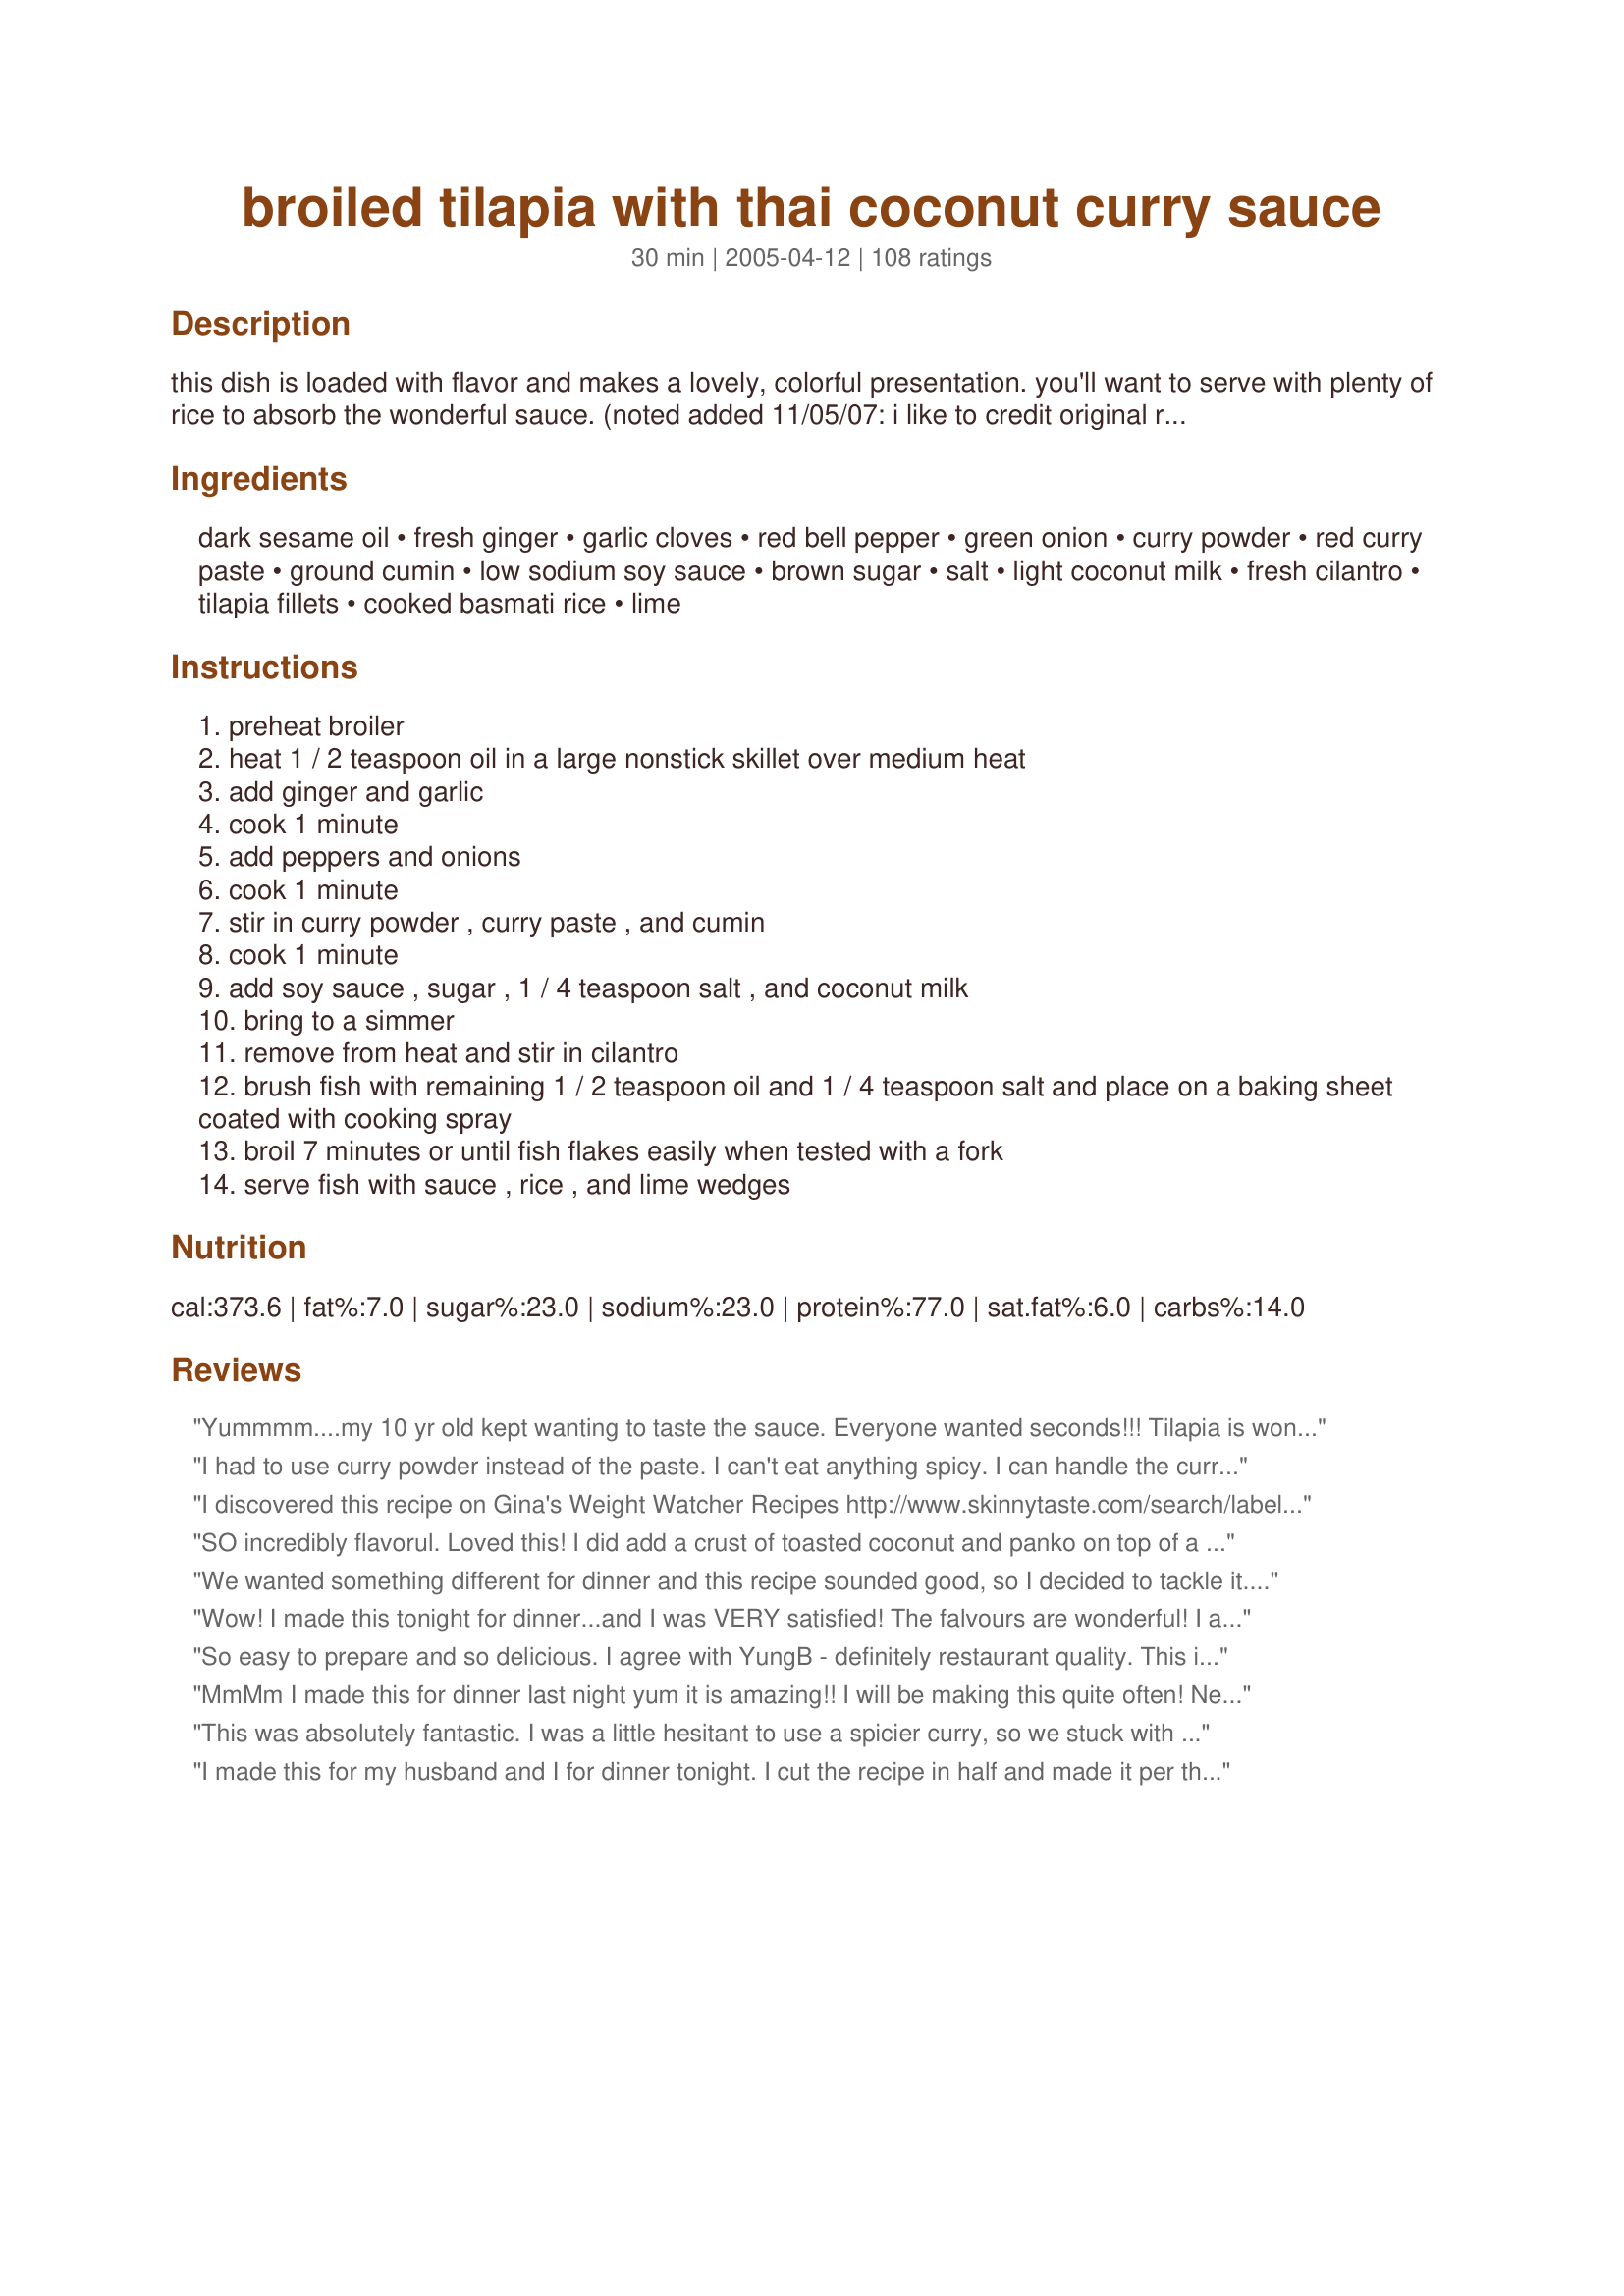
broiled tilapia with thai coconut curry sauce
Preparation time: 30 minutes

this dish is loaded with flavor and makes a lovely, colorful presentation. you'll want to serve with plenty of rice to absorb the wonderful sauce. (noted added 11/05/07: i like to credit original recipe sources when known, but wasn't sure about this one when i submitted the recipe. fortunately, a reviewer pointed out that the recipe came from cooking light, so i searched their site--indeed, it was originally published in their september 2002 issue. thanks to the reviewer for bringing this to my attention, and thanks to cooking light for developing the recipe! :) )

Ingredients:
dark sesame oil, fresh ginger, garlic cloves, red bell pepper, green onion, curry powder, red curry paste, ground cumin, low sodium soy sauce, brown sugar, salt, light coconut milk, fresh cilantro, tilapia fillets, cooked basmati rice, lime

Steps:
preheat broiler
heat 1 / 2 teaspoon oil in a large nonstick skillet over medium heat
add ginger and garlic
cook 1 minute
add peppers and onions
cook 1 minute
stir in curry powder , curry paste , and cumin
cook 1 minute
add soy sauce , sugar , 1 / 4 teaspoon salt , and coconut milk
bring to a simmer
remove from heat and stir in cilantro
brush fish with remaining 1 / 2 teaspoon oil and 1 / 4 teaspoon salt and place on a baking sheet coated with cooking spray
broil 7 minutes or until fish flakes easily when tested with a fork
serve fish with sauce , rice , and lime wedges

Reviews:
Yummmm....my 10 yr old kept wanting to taste the sauce. Everyone wanted seconds!!! Tilapia is wonderful anyway but the sauce was out of the world. Thanks for sharing, will make again and again.
I had to use curry powder instead of the paste. I can't eat anything spicy. I can handle the curry but not Thai food. I don't know what I did wrong but it's really runny. Not the flavor I was thinking it was. I'm disappointed. What happened??
I discovered this recipe on Gina's Weight Watcher Recipes http://www.skinnytaste.com/search/label/Fish%20Recipes she made 2 slight changes... subbing 2 tsp of fish sauce for the salt and using 4 cloves of garlic instead of 2. Gina also gives the option to use basil instead of cilantro and that's how I prefer it. It's absolutely delicious!! I serve it over brown jasmine rice. Thanks for posting!!
SO incredibly flavorul. Loved this! I did add a crust of toasted coconut and panko on top of a touch more curry paste thinned with coconut milk before broiling the fish which we really enjoyed. Great recipe!
We wanted something different for dinner and this recipe sounded good, so I decided to tackle it. Not being a curry lover I was a little apprehensive, but once I got making it, it went well and I just added in the curry paste until it tasted good to my palate, probably about 1 tsp. or a little less. The result was a meal we all dove into and enjoyed each bite!
Wow! I made this tonight for dinner...and I was VERY satisfied! The falvours are wonderful! I added some Tumeric because I really like the yellow color. Thanks for a really yummy dinner, and even better lunch left over!
So easy to prepare and so delicious. I agree with YungB - definitely restaurant quality. This is one of our favorite zaar recipes and we make it every couple weeks. Thanks so much for posting it.
MmMm I made this for dinner last night yum it is amazing!! I will be making this quite often! Next time i will make it with chicken! Yummy!
This was absolutely fantastic. I was a little hesitant to use a spicier curry, so we stuck with the mild yellow...it was still unbelievably good. Next time we'll go ahead and use the currier (word?) red curry. We're also thinking of chopping up a little bit of crabmeat or possibly small shrimp to put in the sauce for a little more seafood kicked in. Definitely a keeper recipe for us! Thanks so much!
I made this for my husband and I for dinner tonight. I cut the recipe in half and made it per the directions (no modifications.) It was really good. We both cleaned our plates.
No problems at all with this recipe, only reason it did not get a 5 star rating is that this is my first rating. We had Basmati rice that I made with chicken broth, sesame oil and green onions stirred in just before serving.
When I've seen it on a menu, I always thought fish and curry seemed like a not to appealing combination. This recipe rocks!! I'm not a huge white fish lover, so hard to find recipes that I will make again. The fish was tender inside and crispy exterior and the sauce is killer. Served with sauteed spinach, basmati rice and naan. Only changes were I made were squeezed 2 of the limes over fish before brushing on oil. Also used a bit of EVOO mixed with sesame oil to brush on fish...wanted to get a nice crisp on top. DELISH -- thanks for sharing!
One of the best recipes I have made in a long time. I loved the mix of flavors and will make it again and again. My family thought it was really delicious, and we all would give it more then five stars if we could!
I agree with other reviewers you could probably serve the sauce over cardboard and your guests would be amazed. Loved it and will be using it as a regular recipe both at home and for pot lucks - thanx
Yummy! I have a similar sauce I use (http://www.recipezaar.com/Scrumptious-Thai-Coconut-Red-Curry-214590) with chicken. (Uses basil and fish sauce though).
I did sub out 2 tsp of fish sauce for 2 of the soy sauce.... but other than that followed exactly. The balance of flavor was perfect... and we loved it with the Tilapia. Will definitely make this one again!!! mmm.
note: made it again with stir fried tofu instead of fish. FANTASTIC! I could almost drink the sauce. Next time I will make double the sauce.
So very yummy! Nex time I will double the sauce and certainly serve it with plenty of rice. As good as any restaurant.
This was yummy! I didn't have red curry paste so I substituted with more spicy curry, garlic and ginger ginger and added butter/peprika to make up for it and it still turned out delish!
Awesome dish, when your in the mood for curry. The only thing I would change would be ground ginger instead of fresh. I guess I don't mince well enough for my husband. I served it with "Success Jasmine Rice" We loved it....
Incredibly delicious! I did not have any red curry paste so left that out of the dish. Otherwise, I followed the recipe exactly to discover an absolutely wonderful meld of flavors and aromas. I had always wanted to try curry but knew that restaurant curries would invariably be too peppery. And, I hate pepper! This dish allayed my worries. I will be using this sauce recipe for fish, shrimp, and chicken curries from now on... Many thanks!
I just made this tonight and it was really really good. I don't love tilapia but this was probably the best tilapia i have had, the sauce definitely makes it.. Will definitely make again!!!
This recipe deserves every one of those stars! The sauce is SO delicious and flavorful, make sure to make extra as you'll be licking your plate clean :)
This was really great! I will make again soon!
Very tasty! I served this with Homemade Rice-A-Roni to my SIL and DH who 'hate' coconut. They sure didn't complain this time!! What a winner :) I only subbed the red pepper for zuchinni that I needed to cook. The zuchinni simmered in this and served on the side turned out delicious :)
I had some Tilapia & wanted to try something different & this was wonderful! The only changes I made were to use 3/4 cup of finely cut red onion & 1/4 cup of green onion. I sauteed the onion first till light brown and then add the peppers which adds to the thickness & flavor of the sauce. I was hesitant about using 2 tsps of paste, but the heat was surprisingly low given the amt of coconut milk. Wonderful recipe - thanks for sharing!
This is an excellent recipe and fairly easy. However, it should be credited to Cooking Light Magazine.
Very good, I even used light coconut milk and brown basmati and I still loved this.
A definite keeper!
This is a delicious recipe. The sauce is wonderful. The seasonings are spot on. Tastes like a restaurant dish. Thank you for sharing it.
We really enjoyed this recipe tonight! The aroma was amazing and as stated, it is a colorful dish. The flavor was a delicate Thai flavor. We used tilapia and shrimp but I think it would be great on just about anything. We will be making this again and just adding some more curry and some heat to our personal tastes. Thanks so much for sharing!
We love the sauce! Yummy! It's very mild, not to terribly spicy but it has a great flavor. We give the sauce 5 stars and will try it on chicken next. The lime was great squeesed over it. I think there was something wrong with the Tilapia I had on hand though, it tasted terrible.. that has nothing to do with this recipe though! The sauce smells great while cooking I wanted to drink it Mmmm!! Thank you for sharing this great recipe.
I wish I could give this ten stars! As I began cooking my boyfriend said "I don't like coconut milk" but it was too late, not another thing in the house to eat. So we cooked it up and he LOVED it, we wanted to lick our plates clean. This reminds me of kang phat, from our local thai place. I think it would be great on chicken. We poured the sauce over steamed green beans too. Delish! Thanks for sharing the recipe
Wow, this is one of the best meals I've tried in a while! It is such a delightful mix of tastes which melt together so perfectly! A few notes: I sauted the bell pepper and green onions for a little longer to let the bell pepper soften, and also let the sauce simmer for about 10 minutes after adding the coconut milk to let it thicken, to let the tastes come together a little more, and to continue to cook the bell pepper to the right consistency. Also, my husband and I love sauce and ate all of the sauce with just the two of us. If I were really making it with 4 filets for 4 people, I would double the sauce. This is definitely one of my new absolute favorites!!
It is pleasure a going through your post. I have bookmarked you to check out new stuff from your side. <br/><br/> Seo New York (NYC)
Thank you for the recipe. This has been one of the most delicious and easy recipes for something that looks and smells so exotic. My family loves it. So far I have made it three times. BTW, it works beautifully with pork. All I can say is why go to the Thai restaurant when you can make it just as good at home!
This was excellent! Very easy to prepare and the sauce is delicious!
I made this for the first time this week. Let me just say it was absolutely the best sauce ever served over pecan crusted Tilapia. It also would be delicious served over Salmon Patties or grilled shrimp. My family loved it and is requesting it for another meal.
This recipe had a lot of work involving a lot of fragrant ingredients, yet it was strangely bland. The fish was excellent just by itself, though. I wound up adding some Tom Yum soup base to the rest of the sauce with some shrimp and a little water and ate it as soup.
We really enjoyed this, the sauce would work well with tofu or chicken too. I didn't have any green onion so left it out, and added a few handfuls of spinach for 5 mins at the end until they wilted to add some green goodness! YUM.
I'm always looking for a stellar fish recipe and this qualified for my "for keeps" cookbook! This has a nice layered flavor. I used jarred ginger, the white and green parts of the onions, and regular coconut milk. For those who thought there wasn't enough flavor I think using both the green parts and the white parts of the onions makes a big difference as the green is spicier. Possibily regular coconut milk will add more flavor, that's what I could find. The parchment paper was a good idea. I found that the sauce can be made ahead and warmed, but don't overwarm it. You'll want to have more rice for the yummy sauce.
My husband and I have been trying new curry recipes lately and this one has been very best by far. So delicious! It has great flavor without being too spicy, but still manages to appease those who like a little heat. I substituted regular white onion, because I didn't have any green onions on hand, and it was still great. I can't wait to try it with chicken, pork, and other fish!
O...M...G...! I love the flavors of Thai food, and this one had it all! One tip: grate a bit of lime peel into the rice just before serving--it leaves the rice oh-so frangrant, pretty and goes so well with the meal! I served this exactly like the recipe and it was perfect. I also served chicken satay. (the fish was better) The next day, I chopped the leftover satay and served it over the rice with the sauce and it became a different meal completely! This one is going into the PERMANENT file. :-) Thanks!
My family loved this!! Yummy, Yummy! Easy to follow instructions. Great flavor, not to spicy, but definitely has kick. Thanks for sharing! Will definitely make again.
I wish I could give this 10 stars - I LOVED it. My only deviation from the recipe is that I could only find regular coconut milk (not light) and I left out the cilantro because my husband can't stand it. I would have preferred cilantro, and I might add it to just my portion next time. I think this would be as good or better with shrimp. Even my 4 year old came into the kitchen to ask what smelled so good. I will repeat this many times, I'm sure!
This was very good! And also very colorful. Would definitely make this for a dinner party Thai-loving friends. Wished the brown sugar hadn't been so strong. The dish tasted a little too sweet, so next time I'll add less. Also would have liked to thicken it with cornstarch as other reviewers suggested, but I can't buy it where I live, unfortunately. It was more like a soup than a sauce but delicious all the same. Also, I used green curry paste, not red, and added half a white onion, just because I love them, and was so glad I did! Put it over chicken baked with the sesame oil and salt and it was delish. Would love to try tofu as well. Thanks for posting this fabulous recipe!
After reading the recipe I knew that this would be excellent, but it exceeded my expectations too. I love spicy and hot sauces with tilapia. And this sauce is awesome. I used a very hot red curry paste and this add wonderful hot notes to the sauce. The sauce based on coconut milk and a touch of soy sauce is still a touch sweet, which supports all the different flavours so well. Ginger and cilantro add fresh sharpness and some citrus notes to the sauce. Well, my suggestion make enough of this sauce, because it will be gone fast. Have enough rice for the sauce (or maybe some bread to dip it up). To combine tilapia with this sauce is fantastic. The frim flesh work so well together with the sauce and Basmat rice. What a flavourful fish dish. Something you will make agaian and again. Thanks for sharing.
This was a really good curry. I've made a lot of curry before, (shrimp, chicken, and beef) but never with fish. To the vegetables I added a half head of bok choy and three stalks of celery, chopped. I assumed the powdered curry in the recipe was yellow and added a t. of red powdered curry as well. I also added a T. of fish sauce and a T. of peanut butter to the other spices listed in a bowl with the coconut milk and minced garlic then added them all at once to the vegetables. Atop the curry I put a piece of sea bass. Sriracha was used as a condiment for those that wanted it more spicy. Thank you GaylaJ for a winner!
this was very very good! I have been looking for a good curry recipe and finally found it. I am vegan, so I didt use this on a fish...I just used the sauce over brown jasmine rice...it was soooo delicious!
Great weeknight meal - easy & delicious! The only change I made was to add bottled lime juice to the sauce since I didn't have any fresh limes on hand. Brushing the tilapia with sesame oil before broiling really adds to the flavor of the fish. This is going into the regular rotation!
This was fantastic. We used swai instead of tilapia and added a slew of vegetables to the ones listed (kale, beets, green beans, beet greens, summer squash) as they are all in season and we like veggies. I worried the teens in the house wouldn&#039;t like it, but they ate it all and were asking for more! We also used the light coconut milk. Thanks for a great recipe that is sure to be repeated many times in our house.
This was DEEEEElicous!!!!!!! The only thing I did different was I made butterflied prawns instead of tilapia. This was easy and full of flavor and not as many calaries and fat as you might think considering all the flavor. Thanks for the great recipe!! This one is a keeper!!!
This dish was very flavorful. Made it exactly as recipe. Curry flavor was very mild so I might kick it up a notch next time. Served it with Basamati rice and a vegetable. Thai sauce would go equally as well for other dishes.
Outstanding! This sauce would be great on anything! There's a lot of it too - so make sure you have lots of rice ready. I made the sauce in the wok and will probably cook the fish in there too next time - although I know the broiling saved some fat grams, it would be nice to save heating up the house with the broiler, the faster cooking time, and using another pan. This is spicy so some people may want to reduce to 1 to 1 1/2 tsp red curry paste. Delicious - made for the My 3 Chefs Event.
Delicious! I doubled the recipe so we could marinate some tofu in this yummy goodness for later this week. Followed the recipe precisely and used parchment paper (love this stuff), then topped it all with the cilantro some black toasted sesame seeds and some thai lime cashews I bought at Trader Joe's. phenomenal! And I loved the fact that it wasn't vegetable heavy or at least didn't feel that way as my thai curries normally do. Thanks, Gayla.
Fantastic! Made this for a dinner & a movie party. Wonderful stuff. Pretty simple to make, despite the long-looking list of ingredients. I was worried about broiling the fish, because my broiler tends to burn things.... it was perfect! I will absolutely be making this again & again. I agree with another reviewer - even cardboard would be tasty with the sauce!
I have used this recipe for the sauce and combined it with Pecan Crusted Tilapia and my family loved it. I have also combined it with Pecan Crusted Chicken and it also received great reviews. My wife now has me make this dish anytime we're having company over. Tonight I am going to try the sauce with salmon. The sauce is always incredible!
This dish is loaded with flavor and for me just enough heat with 1 tsp of red curry paste. We loved it. Thanks Gayla
OMG! Made this tonight for dinner. Subbed basil for the cilantro, worked great. Otherwise made as directed. This was awsome! I will definately add this to my fish recipes. Easy to make. Definately have all ingredients ready before starting sauce. Thanks, GaylaJ!!!!
When I first bit into this it was great, and the smell was awesome, but for whatever reason it's lost it's loven feeling about 1/2 way through. I might not have reduced the sauce enough...I'm not sure. I almost doubled the sauce as some suggested and it was just about right. Will try it again, but will probably add more of the curry's
I would rate this higer if I could... This was a delicious recipe! The fish was perfectly cooked, and was really complimented by the yummy sauce. I don't usually like fish curries, so I'm so glad I decided to try this!!! I will be making this again and again, it's going right into my 5* cookbook!
This dish was amazing. My family enjoyed it. We will definitely be eating this again.
This is incredible..what a mix of flavours..I used Gurnard fillets and lite coconut milk..what a bonus it's so low in fat!
It's worth 10 stars..thanks for sharing a great recipe..in to my favourite file.
Words cannot begin to describe how incredibly good this recipe is. We made it for friends and they were raving about it all night. I didn't have sesame oil on hand so I used olive oil instead, and we added baby corn and bamboo shoots to the sauce. We served with rice noodles instead of rice. UPDATE: This is a dish that just can't go wrong. Tonight, I forgot about the rice and therefore burned it, ran out of curry paste (subbed 1/2 tsp each of chili powder, turmeric and coriander mixed with 1 tbsp hot water) and didn't have any brown sugar at all. Nonetheless, we ended up with a 5-star dinner b/c this dish is so forgiving. Thanks again!!
This was a really good dish. I added fresh peas and some thai basil to it. Thanks for sharing it!
Just fantastic & very easy to do! My whole family loved it & I have been craving to make it again! I left out the bell peppers, but just wonderful! It will be a regular part of our meal planning!
wow this was delicious!!! spicy but not too spicy. but my spice sensitive husband thought it was a little too spicy for him and asked that i cut back on the red curry next time since he really enjoyed the flavor. he really is sensitive though since my kids didn't even think it was THAT spicy. lol. i did add a little fish sauce. will go into my favorites file.
Yum! This was delicious. We followed the recipe exactly, except we only had green curry paste and we left out the cilantro. I was skepical about using light coconut milk, but it turned out amazing!
Amazing! I would have made it a bit spicier b/c I like spicy thai but it was simple and delicous.
This was absolutely wonderful! I was feeling adventurous and it paid off. This is the first truly Thai dish I have made. Unfortunately I was unable to find red curry paste where I live so I substituted a heaping teaspoon of garam masala; I'm sure that is a very poor substitute but that's all I could think of! Next time I will definitely use the red curry paste. When the fish was done I slid it into the sauce and served it that way. It broke apart some but I thought that was easier. Such a beautiful, delicious dish. Thank you for sharing!
Wonderfully delicious and easy to put together. I'm not a huge fish person but trying to be, and this is exactly the kind of recipe to get me to eat more fish! The sauce is pure heaven. As other reviewers have mentioned, the sauce could easily go with something like shrimp or chicken or pork or I think even just on its own over rice. It had fabulous flavor but wasn't at all too spicy (though it could be with more red curry paste). Thank you for an excellent recipe!
My boyfriend and I really enjoyed this recipe. It was easy to prepare and even though he hates onions and spicy dishes he had two helpings. I served it with the Cheddar Bay biscuits.
This dish was excellent the next night heated in the microwave as well!!
Made this for my sisters family, my neices 6 & 2 devoured it. My sisters friend and I went back for seconds. I used about a tsp more of the curry paste and spices, and cubed the fish and just cooked it in the sauce. I forgot the bell pepper, so I subbed a jar of roasted and it was still amazing. This was a hit, and not too unhealthy! Thank you for posting a great recipe that our family loved.
This was wonderful! I made my sauce the day ahead of having the dish. Very easy! We loved, loved, loved it! It is one of our favorites.
I used chicken breasts and kept everything else the same. Delish!
Very good and relatively simple to make. I had no lime and subbed jasmine rice for basmati, but otherwise followed the recipe. My partner insists on adding peanuts, but I think this one is fine as is.
This is absolutely delicious!!! Perfect blend of spice. The sauce is so good...would be great on veggies and chicken, too. Thanks GaylaJ for sharing this wonderful dish!
Excellent ingredients that come together in this savory and fragrant dish. The amount of curry was perfect. My only addition was 1 ripe tomato and 1/4 cup chopped basil. I also put a little lime before eating it.
I've made this several times now because I love it so much-- it's quick, easy, and delicious! This time I added 1/2 of a butternut squash cut into chunks, and green rather than red bell peppers. Impossible to go wrong with this one! Updated Sunday, December 23, 2007. GaylaJ, this is a really FANTASTIC dish, and very easy to put together quickly. The only thing I did differently was to cut the tilapia into chunks and poach it in the sauce rather than broiling it. Delightful, and just the right amount of spice with 2 tsp of curry paste. Served with green beans and steamed rice to soak up all the great sauce. Thanks for posting! I'll certainly be preparing this again.
Exceeded my expectations by far! This is the best broiled-fish entrée I've tasted in a long time. Honestly, though, you could serve this sauce over cardboard and it would still be tasty. I will be sure to try this sauce next time with chicken and shrimp, though it was a fantastic accompaniment to tilapia.

I made this dish for my 65-year-old mother, whose midwestern palette is not a big fan of curry dishes, nor am I for that matter. She loved it! Note, however, that when I made it for her I only used one teaspoon of red curry paste, which still added plenty of heat.

Some other changes: I sautéed my chopped veggies longer than the recommended time in the recipe before adding the liquid ingredients to make sure they were cooked well. It's a personal preference, but I like my sautéed peppers and onions to be somewhat translucent. Because once you add the coconut milk and bring it to a simmer, which only takes a few minutes in a good, heavy pan, the veggies won't cook down much at all.
Friendly recipe. It was a huge success on a Sunday lunch. It was so good that I invited some neighboors for lunch and everybody loved it!
Wonderful recipe! Playful and delicate Thai flavors. I made it with only 1/2 cup of coconut milk and omitted the curry paste. When the sauce was nearly bubbling, added 1 tsp. of cornstarch for thickening and 1 lb. of sauteed shrimp -- delicious!!!
Excellent dish! A great way to eat fish. I also used some fish sauce in the sauce and I would say that it is a must to serve with the lime wedge, really brings out the flavours. This sauce would be great with chicken as well.
Made this tonight for my wonderful boyfriend, who loves tilapia.

Used regular sesame oil, and substituted 3 TBS Thai Style Green Curry spice blend from the Gourmet Collection for the curry powder and paste.

Turned out AMAZING! The sauce had a very good flavor and the tilapia was perfect!

Served with Thai Cabbage Salad.

Will be making again! Thanks for a wonderful recipe :)
I chose this recipe for my first experience with tilapia and my first experience with Thai food - it was a big hit at my house! The sauce was absolutely delicious. My sides were plain, steamed white rice & mixed Thai veggies which I purchased frozen. 
Since my fillets were paper-thin, they cooked too quickly under the broiler; I'll bake them at 350F next time. Thanx Gayla!
Look good, Just believe me, I've never seen this dish since I was born.<br/><br/>Thai guy from bangkok
Gorgeous
I get tilapia at Costco - this is a great change from the usual old broiled tilapia with salad, and has become a standby in our household! Quick enough for a weeknight dinner, smells heavenly while it's cooking.
We love this recipe! I actually use this sauce as my go to Thai Curry sauce. Yum!!!
Really spicy good. I sauteed shrimp, removed to a side plate, and then proceeded. I added a few other things, mushrooms, fish sauce, peas and Thai basil at the end.
This was quick and easy to make, but I'm sorry to say that we found it quite bland - ended up added a lot of other stuff (more sesame oil, fish sauce, some chopped lemongrass and even a few drops of stevia...). Not as high in flavour as the Thai food we usually have (homemade or restaurant). Make sure to have all ingredients ready to be added to the sauce (pepper, onions, garlic, ginger), cause it goes fast once you start making it! Thanks for posting.
This was amazing. One of my new all time favorite meals. Made just as directed and it was perfect. Thanks for sharing!
This was delicous. I made exactly as written and my family loved it. I'm always on the lookout for more fish recipes that my family agrees with and your makes the cut. DS loved it and almost went for seconds but was too full....lol. Thank you so much for this delicious recipe. We loved it.
This was excellent! It was easy too! The cilantro and lime went perfectly with all the flavors so don't skip them. I also ended up adding a tad bit more brown sugar and probably tripled the amount of curry powder. Thanks for such a delicious recipe!
Wow! So tasty! I forgot to buy fresh ginger so I added a teaspoon of ground ginger at the same time as the cumin and curry powder. We'll definitely be eating this again!
This was great! I used fresh Rockfish beacuse that is what I had. Served with Thai Cabbage Salad for a healthy meal.
Very very good! Nicely spicy, but not too much so with wonderful flavor. I used all fish sauce instead of soy sauce, palm sugar instead of brown sugar and added some lime leaves as the sauce simmered. I served this with stir-fried broccoli and jasmine rice and we just loved the entire meal. I think this sauce is substantially flavorful enough to stand up to a more robust fish and we may try this with salmon next time. Thank you for a fantastic recipe that I know we will make again!
Great flavor and easy to make. thanks for sharing
This is one of my family's favorite recipes. So many flavors that go so well together. I can never leave a recipe alone so most of the time I use twice the amount of ginger, garlic, green onion, red curry paste and Indian curry powder, and I add 1/4 tsp Thai chili powder and a green bell pepper. And I make sticky rice. I also grill the fish on the stove top. Everything else I keep the same. I make this at least three times a month, sometimes more. It also goes well with flounder and other firm white fish and also deep-fried chicken chunks. Thank you so much for this recipe. We've really enjoyed it.
We are catching enough fish at present to eat it every second day and fill a freezer with the excess. I am constantly searching for recipes to keep our meals interesting and this was a great one.I used an extra teaspoon of curry paste and fish sauce rather than soy. I had to use light coconut cream, so I used half a can (will freeze the rest) and diluted that with water. I calculate this gave us just over 11g of fat in total in each serve. I could eat this again tomorrow night and am posting it to my repeatable fish recipe cookbook so that if I don't (eat it again tomorrow) I can eat it soon. We don't get tilapia in Australia, so I used Charley Court Cod, so named I've heard, because the fish and the former premier of this state both have big mouths.
Super easy and the sauce was great! Will make again (and again, and again and again...) would work great with chicken as well.
Well balanced flavour. Didn't have any tilapia so sub with Hake. This a keeper!
WOW.. I've never really cooked Tilapia before this, and I must say, I'm so happy I did! This sauce is to die for, and the fish came out so tender and perfect. We couldn't get enough of this sauce! I could see it going over chicken, potato or chickpeas too! Thanks for this great recipe, we are DEFINITELY having this again.
Excellent flavor, healthy, and easy to prepare! What more can you want? We all loved it.
Sounds great cant wait it try! Looking for a different way to prepare tilapia because I love it and its good for us!
I do not like fish usually, but, this recipe is great. It made a colorful, healthy, delicious meal. It was not spicy thanks to the coconut milk- just a little kick. Thanks!
A wonderful dish to add/subtract/change ingredients! Great to play with!
Fish, Seafood (there is a difference), rice (white, brown, wild), pastas (all of them), and veggies (even more of them).
We've had a lot of fun with this one.
This sauce is awesome! I brought some extra sauce in to my coworkers and they loved it. One actually took it home and put it over chicken and loved it. I have to say it again, this sauce is soooo good and flavorful!
Just tried this recipe, WOW! It is quick, simple and very good. I used hot cury & brown rice. Fantastic
Delicious! I added some sliced, slightly sweetened coconut and shirmp inside the sauce and it came out delicious.
Added a handful of fresh mushrooms to the sauce. SO YUMMY! Next time I'll do 1/2 coconut milk and 1/2 water, to cut down on high fat. I'll also thicken with cornstarch at the end. I'm TRYING to like fish - and with a lot of lime (KEY INGREDIENT) this is really tasty. Would be great with basil instead of cilantro, omit the lime and chicken instead of fish. :) Many options with this recipe. THANKS!
Very tasty dish - will soon make it again and already forwarded to my friends. Very simple and quick but great taste!
